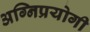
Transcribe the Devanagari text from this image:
अग्निप्रयोगी